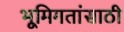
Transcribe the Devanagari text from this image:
भूमिगतांसाठी